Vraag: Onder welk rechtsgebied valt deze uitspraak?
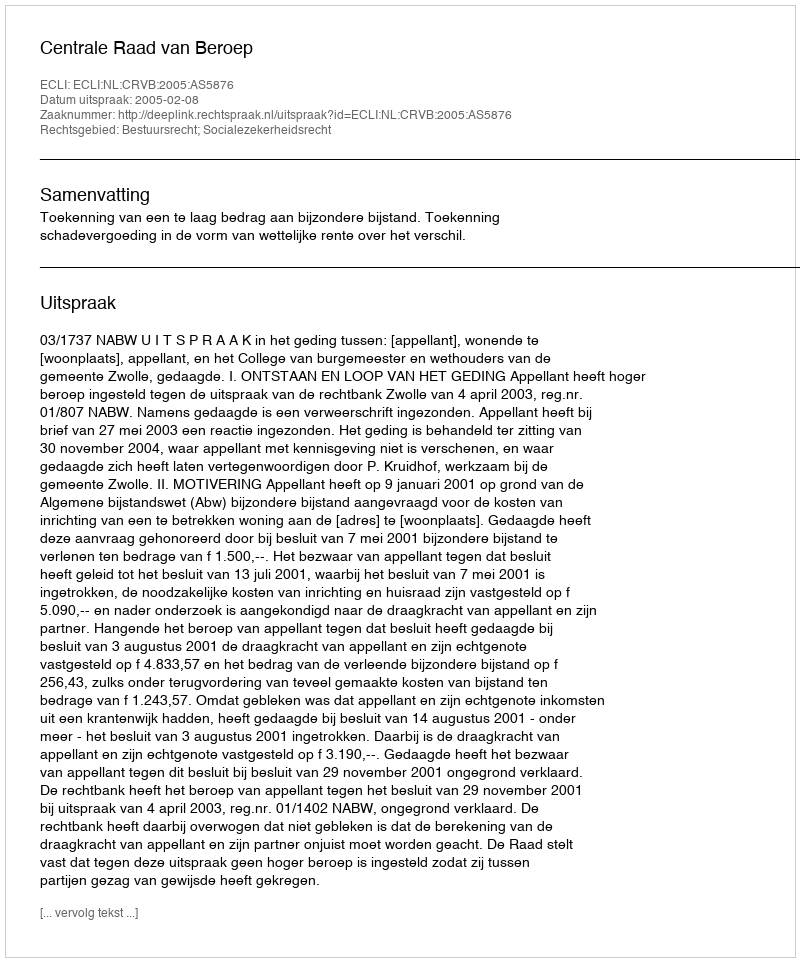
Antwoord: Bestuursrecht; Socialezekerheidsrecht